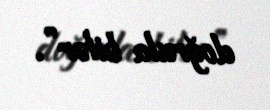
doğrula bilər”.